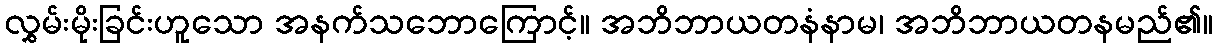
လွှမ်းမိုးခြင်းဟူသော အနက်သဘောကြောင့်။ အဘိဘာယတနံနာမ၊ အဘိဘာယတနမည်၏။